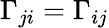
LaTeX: \Gamma_{ji}=\Gamma_{ij}